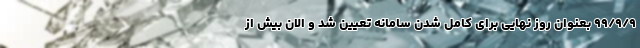
۹۹/۹/۹ بعنوان روز نهایی برای کامل شدن سامانه تعیین شد و الان بیش از